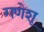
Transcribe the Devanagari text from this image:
गणेशू